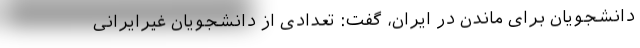
دانشجویان برای ماندن در ایران، گفت: تعدادی از دانشجویان غیرایرانی